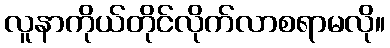
လူနာကိုယ်တိုင်လိုက်လာစရာမလို။